Annual statistical returns and brief notes on vaccination in Bengal - 1896-1909
Year: 1896
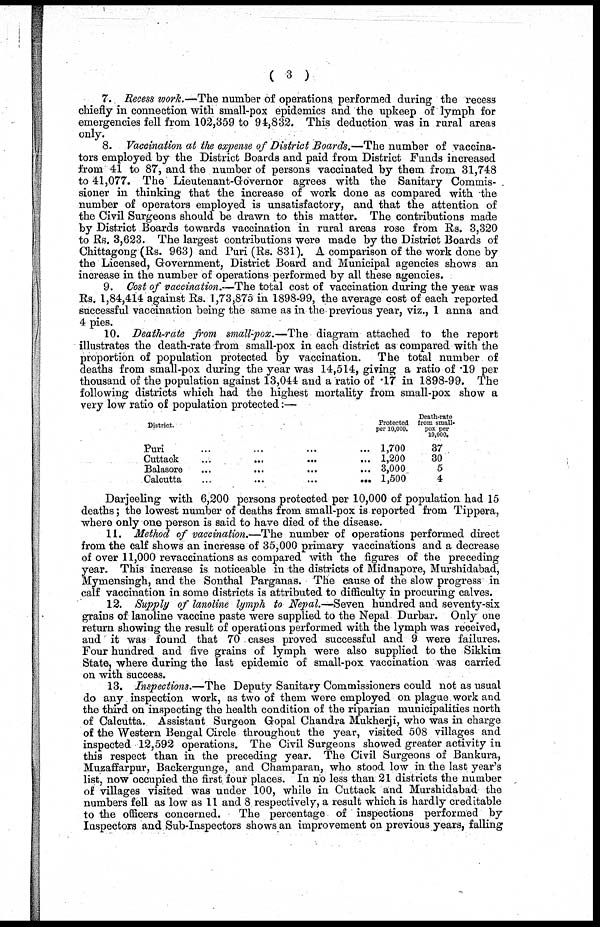
( 3 )
7. Recess work.—The number of operations performed during the recess
chiefly in connection with small-pox epidemics and the upkeep of lymph for
emergencies fell from 102,359 to 94,832. This deduction was in rural areas
only.
8. Vaccination at the expense of District Boards.—The number of vaccina-
tors employed by the District Boards and paid from District Funds increased
from 41 to 87, and the number of persons vaccinated by them from 31,748
to 41,077. The Lieutenant-Governor agrees with the Sanitary Commis-
sioner in thinking that the increase of work done as compared with the
number of operators employed is unsatisfactory, and that the attention of
the Civil Surgeons should be drawn to this matter. The contributions made
by District Boards towards vaccination in rural areas rose from Rs. 3,320
to Rs. 3,623. The largest contributions were made by the District Boards of
Chittagong (Rs. 963) and Puri (Rs. 831). A comparison of the work done by
the Licensed, Government, District Board and Municipal agencies shows an
increase in the number of operations performed by all these agencies.
9. Cost of vaccination.—The total cost of vaccination during the year was
Rs. 1,84,414 against Rs. 1,73,875 in 1898-99, the average cost of each reported
successful vaccination being the same as in the previous year, viz., 1 anna and
4 pies.
10. Death-rate from small-pox.—The diagram attached to the report
illustrates the death-rate from small-pox in each district as compared with the
proportion of population protected by vaccination. The total number of
deaths from small-pox during the year was 14,514, giving a ratio of .19 per
thousand of the population against 13,044 and a ratio of .17 in 1898-99. The
following districts which had the highest mortality from small-pox show a
very low ratio of population protected:—
District.
Puri ... ... ... ...
Cuttaok
...
...
...
...
Balasore ... ... ... ...
Calcutta ... ... ... ...
Protected
per 10,000.
1,700
1,200
3,000
1,500
Death-rate
from small¬
pox per
10,000.
37
30
5
4
Darjeeling with 6,200 persons protected per 10,000 of population had 15
deaths; the lowest number of deaths from small-pox is reported from Tippera,
where only one person is said to have died of the disease.
11. Method of vaccination.—The number of operations performed direct
from the calf shows an increase of 35,000 primary vaccinations and a decrease
of over 11,000 revaccinations as compared with the figures of the preceding
year. This increase is noticeable in the districts of Midnapore, Murshidabad,
Mymensingh, and the Sonthal Parganas. The cause of the slow progress in
calf vaccination in some districts is attributed to difficulty in procuring calves.
12. Supply of lanoline lymph to Nepal.—Seven hundred and seventy-six
grains of lanoline vaccine paste were supplied to the Nepal Durbar. Only one
return showing the result of operations performed with the lymph was received,
and it was found that 70 cases proved successful and 9 were failures.
Four hundred and five grains of lymph were also supplied to the Sikkim
State, where during the last epidemic of small-pox vaccination was carried
on with success.
13. Inspections.—The Deputy Sanitary Commissioners could not as usual
do any inspection work, as two of them were employed on plague work and
the third on inspecting the health condition of the riparian municipalities north
of Calcutta. Assistant Surgeon Gopal Chandra Mukherji, who was in charge
of the Western Bengal Circle throughout the year, visited 508 villages and
inspected 12,592 operations. The Civil Surgeons showed greater activity in
this respect than in the preceding year. The Civil Surgeons of Bankura,
Muzaffarpur, Backergunge, and Champaran, who stood low in the last year's
list, now occupied the first four places. In no less than 21 districts the number
of villages visited was under 100, while in Cuttack and Murshidabad the
numbers fell as low as 11 and 8 respectively, a result which is hardly creditable
to the officers concerned.
The percentage of inspections performed by
Inspectors and Sub-Inspectors shows an improvement on previous years, falling